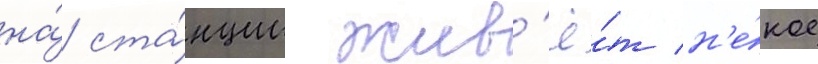
на́ ста́нции жив'ё́т н'е́кое